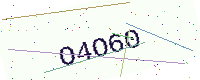
Text: O4O60